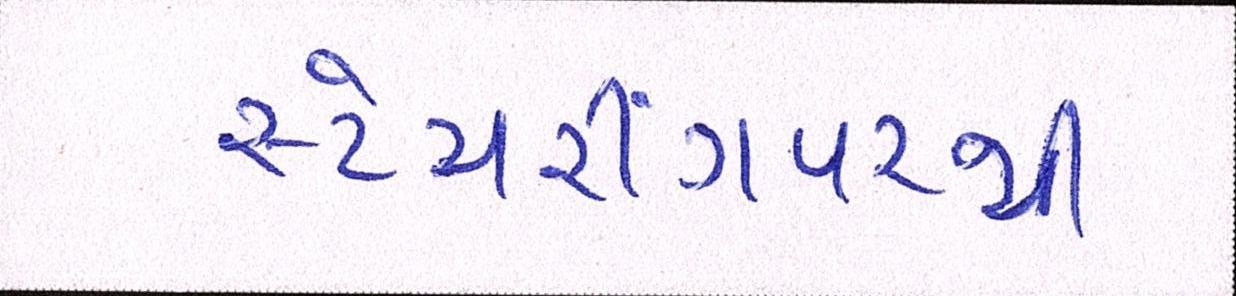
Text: સ્ટેયરીંગપરથી